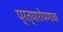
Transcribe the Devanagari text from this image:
प्रत्यारोपणाचा